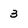
Character: 3